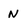
Character: N